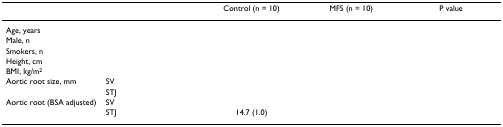
<table><thead><tr><td>[EMPTY_CELL]</td><td>[EMPTY_CELL]</td><td><b>Control (n = 10)</b></td><td><b>MFS (n = 10)</b></td><td><b>P value</b></td></tr></thead><tbody><tr><td>Age, years</td><td>[EMPTY_CELL]</td><td>[EMPTY_CELL]</td><td>[EMPTY_CELL]</td><td>[EMPTY_CELL]</td></tr><tr><td>Male, n</td><td>[EMPTY_CELL]</td><td>[EMPTY_CELL]</td><td>[EMPTY_CELL]</td><td>[EMPTY_CELL]</td></tr><tr><td>Smokers, n</td><td>[EMPTY_CELL]</td><td>[EMPTY_CELL]</td><td>[EMPTY_CELL]</td><td>[EMPTY_CELL]</td></tr><tr><td>Height, cm</td><td>[EMPTY_CELL]</td><td>[EMPTY_CELL]</td><td>[EMPTY_CELL]</td><td>[EMPTY_CELL]</td></tr><tr><td>BMI, kg/m<sup>2</sup></td><td>[EMPTY_CELL]</td><td>[EMPTY_CELL]</td><td>[EMPTY_CELL]</td><td>[EMPTY_CELL]</td></tr><tr><td>Aortic root size, mm</td><td>SV</td><td>[EMPTY_CELL]</td><td>[EMPTY_CELL]</td><td>[EMPTY_CELL]</td></tr><tr><td>[EMPTY_CELL]</td><td>STJ</td><td>[EMPTY_CELL]</td><td>[EMPTY_CELL]</td><td>[EMPTY_CELL]</td></tr><tr><td>Aortic root (BSA adjusted)</td><td>SV</td><td>[EMPTY_CELL]</td><td>[EMPTY_CELL]</td><td>[EMPTY_CELL]</td></tr><tr><td>[EMPTY_CELL]</td><td>STJ</td><td>14.7 (1.0)</td><td>[EMPTY_CELL]</td><td>[EMPTY_CELL]</td></tr></tbody></table>